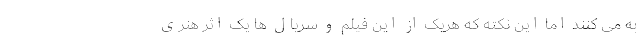
به می کنند اما این نکته که هریک از این فیلم و سریال ها یک اثر هنری